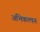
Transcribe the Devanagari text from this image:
अभिकल्‍पन